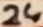
Text: 24